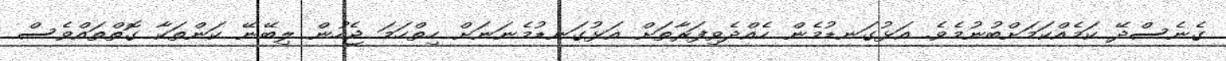
ގެނެސްދޭ ކަމެއްކަމަށްބުނުމެވެ. އަޅުގަނޑުމެން ހެއްދެވިފަރާތަށް އަޅުގަނޑުމެނަނަށް ހިތްހަމަ ޖެހުން ލިބޭނޭ ކަންތަކާ ގޮތްތައްވެސް